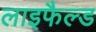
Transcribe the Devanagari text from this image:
लाइफैल्ड